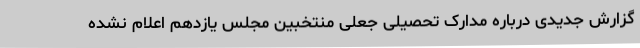
گزارش جدیدی درباره مدارک تحصیلی جعلی منتخبین مجلس یازدهم اعلام نشده